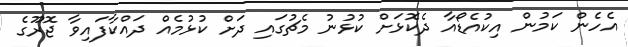
އެހެން ކަމުން އިކުއެޑޯއާ ދެކޮޅަށް ކުޅުނު މެޗުގައި ދަށް ކުޅުމެއް ދައްކާފައިވާ ޖޮރޫގެ